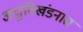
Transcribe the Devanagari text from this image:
अणुविखंडनात